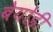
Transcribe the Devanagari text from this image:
बेयोड़ी